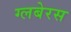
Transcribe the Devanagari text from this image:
ग्लबेरस